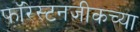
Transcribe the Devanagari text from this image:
फॉरेस्टनजीकच्या